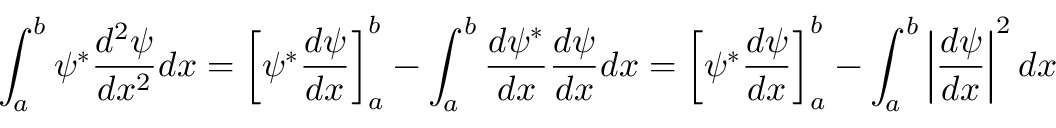
\int _ { a } ^ { b } \psi ^ { * } { \frac { d ^ { 2 } \psi } { d x ^ { 2 } } } d x = \left[ \psi ^ { * } { \frac { d \psi } { d x } } \right] _ { a } ^ { b } - \int _ { a } ^ { b } { \frac { d \psi ^ { * } } { d x } } { \frac { d \psi } { d x } } d x = \left[ \psi ^ { * } { \frac { d \psi } { d x } } \right] _ { a } ^ { b } - \int _ { a } ^ { b } \left| { \frac { d \psi } { d x } } \right| ^ { 2 } d x